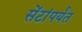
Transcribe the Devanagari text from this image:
सेंटांपर्यंत